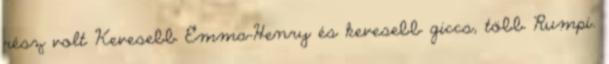
rész volt Kevesebb Emma-Henry és kevesebb giccs, több Rumpi.